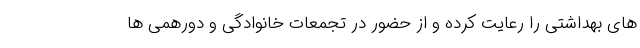
های بهداشتی را رعایت کرده و از حضور در تجمعات خانوادگی و دورهمی ها